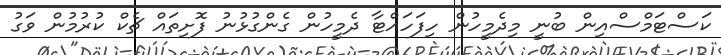
ކަސްޓަމްސްއިން ބުނީ މިދެމީހުން ހިފަހައްޓާ ދެމީހުން ގެންގުޅުނު ފޮށިތައް ޗެކް ކުުރުމުން ވަގު